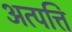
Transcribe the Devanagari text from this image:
अत्पत्ति